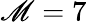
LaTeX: \mathscr{M}=7